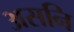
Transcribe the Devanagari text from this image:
असनि